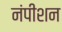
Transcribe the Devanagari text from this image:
नंपीशन